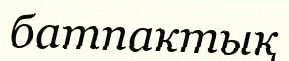
батпактық